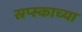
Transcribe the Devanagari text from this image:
स्रप्स्काच्या